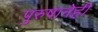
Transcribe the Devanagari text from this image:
पुरुषानेही